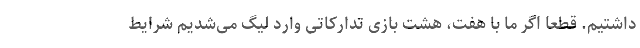
داشتیم. قطعاً اگر ما با هفت، هشت بازی تدارکاتی وارد لیگ می‌شدیم شرایط